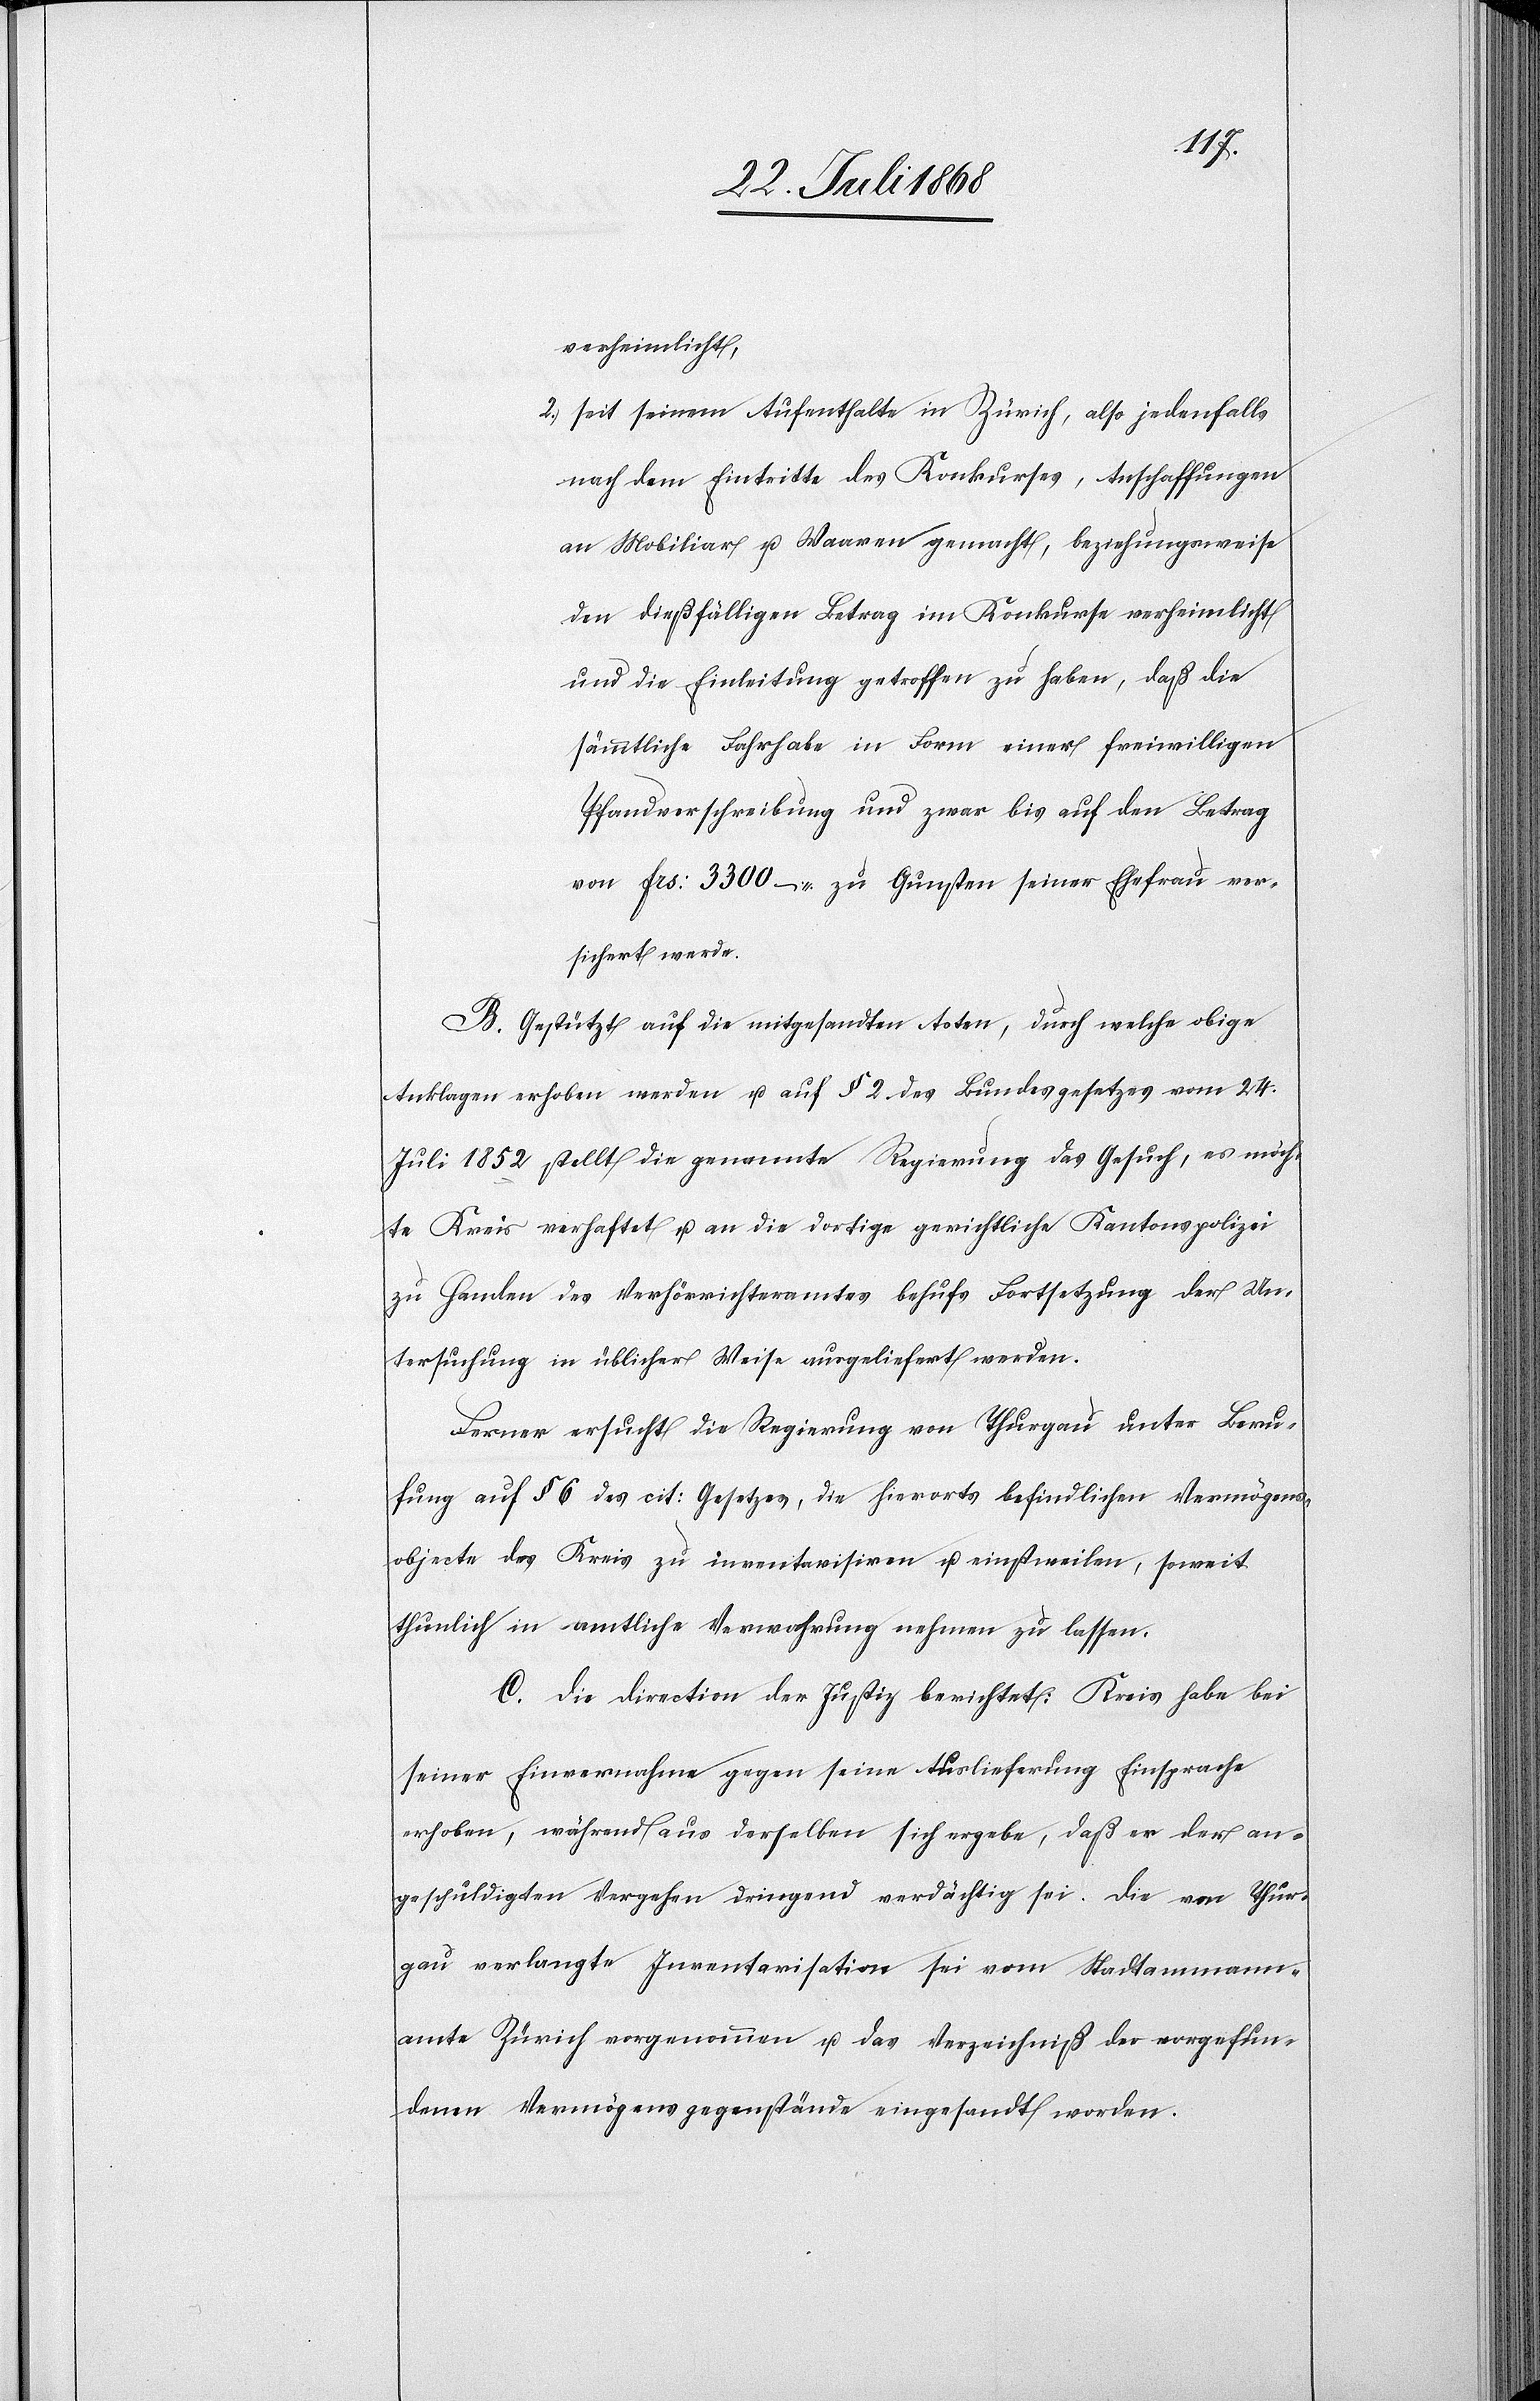
verheimlicht,
seit seinem Aufenthalte in Zürich, also jedenfalls
nach dem Eintritte des Konkurses, Anschaffungen
an Mobiliar u. Waaren gemacht, beziehungsweise
den dießfälligen Betrag im Konkurse verheimlicht
und die Einleitung getroffen zu haben, daß die
sämmtliche Fahrhabe in Form einer freiwilligen
Pfandverschreibung und zwar bis auf den Betrag
von Frs: 3300 – zu Gunsten seiner Ehefrau ver¬
sichert werde.
B. Gestützt auf die mitgesandten Acten, durch welche obige
Anklagen erhoben werden u. auf § 2 des Bundesgesetzes vom 24.
Juli 1852 stellt die genannte Regierung das Gesuch, es möch¬
te Kreis verhaftet u. an die dortige gerichtliche Kantonspolizei
zu Handen des Verhörrichteramtes behufs Fortsetzung der Un¬
tersuchung in üblicher Weise ausgeliefert werden.
Ferner ersucht die Regierung von Thurgau unter Beru¬
fung auf § 6 des cit: Gesetzes, die hierorts befindlichen Vermögens¬
objekte des Kreis zu inventarisiren u. einstweilen, soweit
thunlich in amtliche Verwahrung nehmen zu lassen.
C. Die Direction der Justiz berichtet: Kreis habe bei
seiner Einvernahme gegen seine Auslieferung Einsprache
erhoben, während aus derselben sich ergebe, daß er der an¬
geschuldigten Vergehen dringend verdächtig sei. Die von Thur¬
gau verlangte Inventarisation sei vom Stadtammann¬
amte Zürich vorgenommen u. das Verzeichniß der vorgefun¬
denen Vermögensgegenstände eingesandt worden.